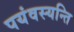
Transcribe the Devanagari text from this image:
पयंवस्यन्ति